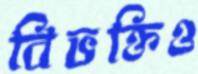
বিভক্তিও